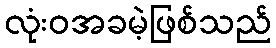
လုံးဝအခမဲ့ဖြစ်သည်